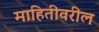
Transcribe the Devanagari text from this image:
माहितीवरील